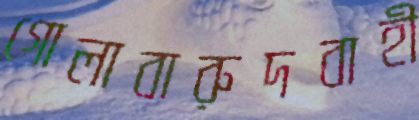
গোলাবারুদবাহী